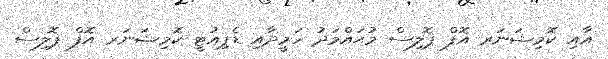
އާއި ކޮމިޝަނަރ އޮފް ޕޮލިސް މުޙައްމަދު ހަމީދާއި ޑެޕިއުޓީ ކޮމިޝަނަރ އޮފް ޕޮލިސް